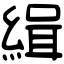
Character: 緝